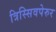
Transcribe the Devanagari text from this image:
त्रिस्सिवपेरुर